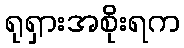
ရုရှားအစိုးရက